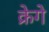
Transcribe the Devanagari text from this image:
क्रेगे